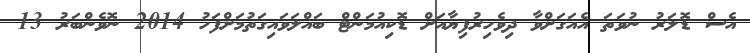
އެސް ޑޮލަރު ނުވަތަ އެއަގަށްވާ ދިވެހިރުފިޔާއަށް ޑޮކިއުމަންޓް ބައްލަވައިގަތުމަށްފަހު 2014 ނޮވެންބަރު 13